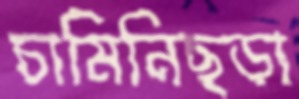
চামিনিছড়া